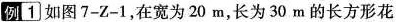
例1如图7-Z-1，在宽为20m，长为30m的长方形花